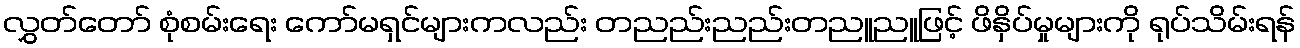
လွှတ်တော် စုံစမ်းရေး ကော်မရှင်များကလည်း တညည်းညည်းတညူညူဖြင့် ဖိနှိပ်မှုများကို ရုပ်သိမ်းရန်